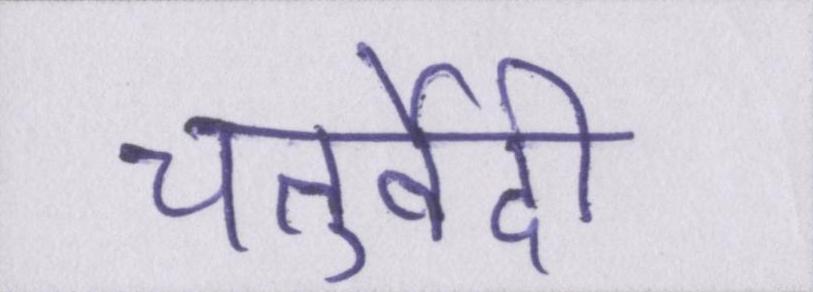
चतुर्वेदी